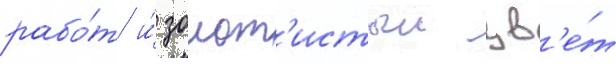
рабо́т и́ золот'истыи цв'е́т